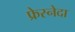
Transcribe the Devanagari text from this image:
फ्रेस्नेदा